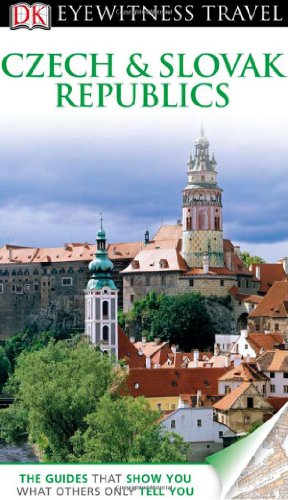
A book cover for Czech & Slovak Republics (DK Eyewitness Travel Guides); DK Publishing; Travel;